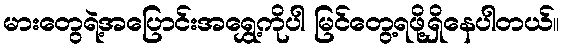
မားတွေရဲ့အပြောင်းအရွှေ့ကိုပါ မြင်တွေ့ရဖို့ရှိနေပါတယ်။